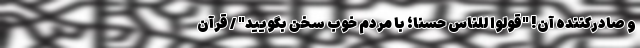
و صادرکننده آن! "قولوا للناس حسنا؛ با مردم خوب سخن بگویید" / قرآن